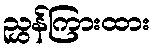
ညွှန်ကြားထား